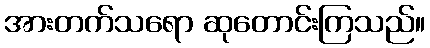
အားတက်သရော ဆုတောင်းကြသည်။